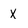
Character: x